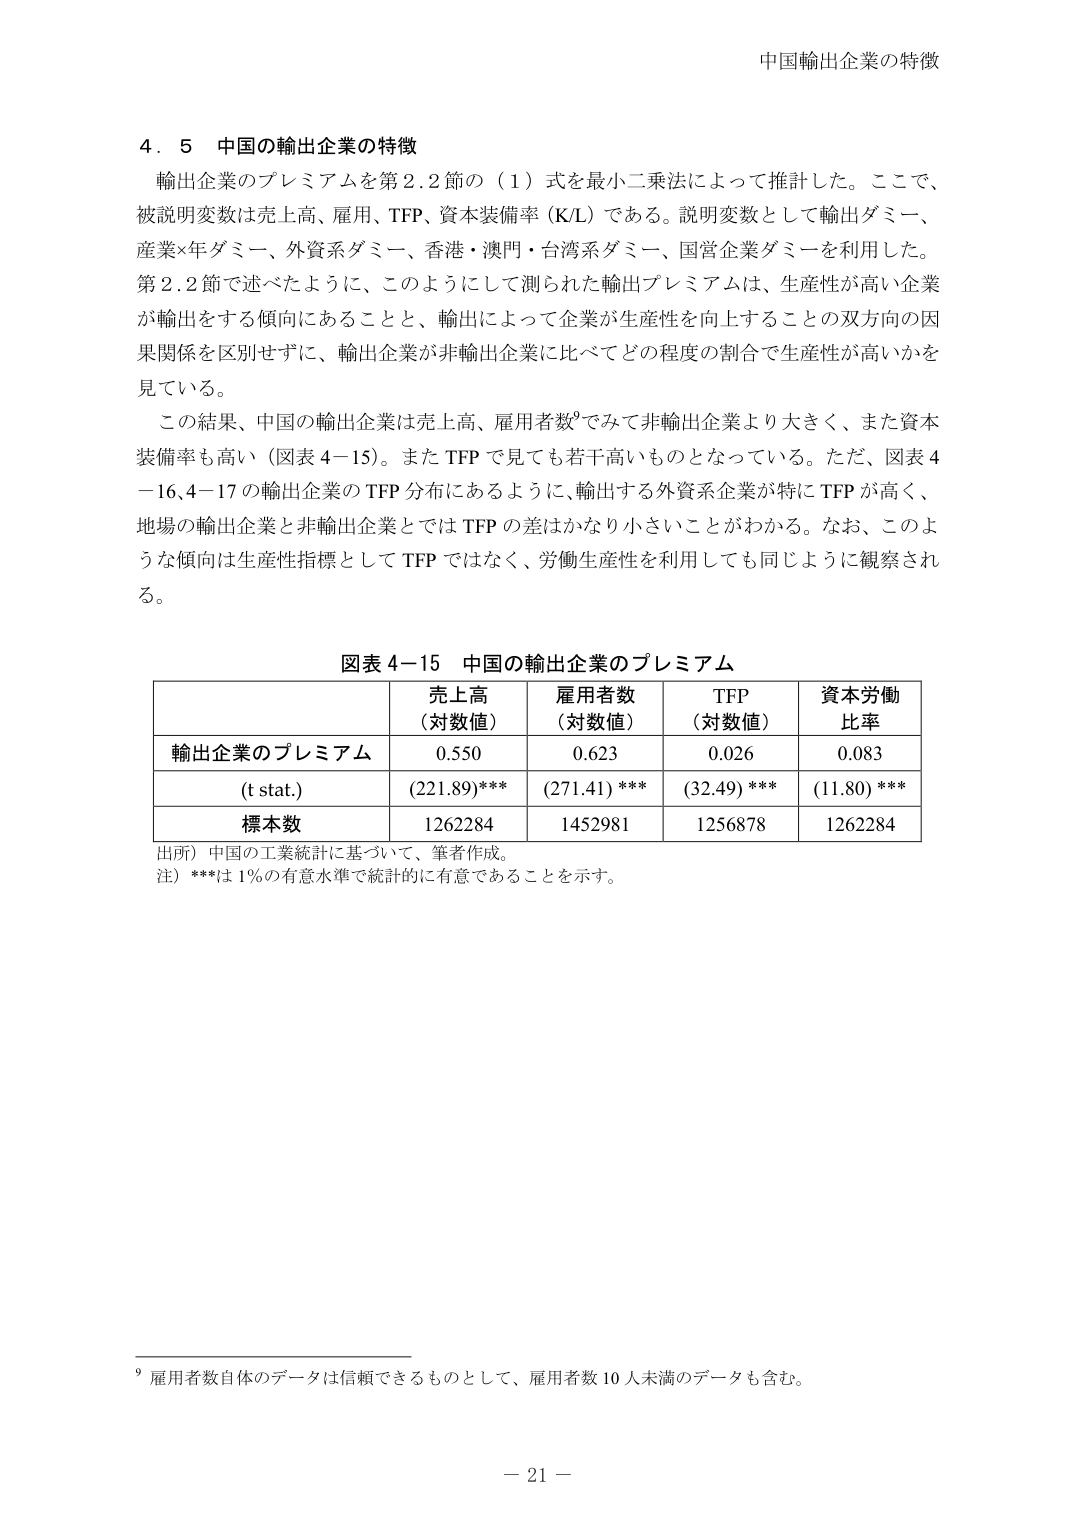
中国輸出企業の特徴

4．5 中国の輸出企業の特徴
輸出企業のプレミアムを第2.2節の（1）式を最小二乗法によって推計した。ここで、
被説明変数は売上高、雇用、TFP、資本装備率（K/L）である。説明変数として輸出ダミー、
産業×年ダミー、外資系ダミー、香港・澳門・台湾系ダミー、国営企業ダミーを利用した。
第2.2節で述べたように、このようにして測られた輸出プレミアムは、生産性が高い企業
が輸出をする傾向にあることと、輸出によって企業が生産性を向上することの双方向の因
果関係を区別せずに、輸出企業が非輸出企業に比べてどの程度の割合で生産性が高いかを
見ている。
この結果、中国の輸出企業は売上高、雇用者数⁹でみて非輸出企業より大きく、また資本
装備率も高い（図表4－15）。またTFPで見ても若干高いものとなっている。ただ、図表4
－16、4－17の輸出企業のTFP分布にあるように、輸出する外資系企業が特にTFPが高く、
地場の輸出企業と非輸出企業とではTFPの差はかなり小さいことがわかる。なお、このよ
うな傾向は生産性指標としてTFPではなく、労働生産性を利用しても同じように観察され
る。

図表4－15 中国の輸出企業のプレミアム
売上高
（対数値）
雇用者数
（対数値）
TFP
（対数値）
資本労働
比率
輸出企業のプレミアム
0.550
0.623
0.026
0.083
（t stat.）
(221.89) ***
(271.41) ***
(32.49) ***
(11.80) ***
標本数
1262284
1452981
1256878
1262284
出所）中国の工業統計に基づいて、筆者作成。
注）***は1％の有意水準で統計的に有意であることを示す。

⁹ 雇用者数自体のデータは信頼できるものとして、雇用者数10人未満のデータも含む。

－ 21 －